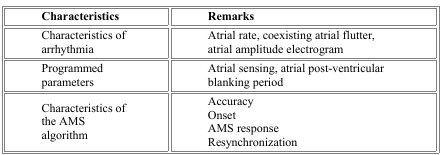
<table><thead><tr><td><b>Characteristics</b></td><td><b>Remarks</b></td></tr></thead><tbody><tr><td>Characteristics of arrhythmia</td><td>Atrial rate, coexisting atrial flutter, atrial amplitude electrogram</td></tr><tr><td>Programmed parameters</td><td>Atrial sensing, atrial post-ventricular blanking period</td></tr><tr><td>Characteristics of the AMS algorithm</td><td>Accuracy, Onset, AMS response, Resynchronization</td></tr></tbody></table>